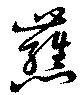
蘸